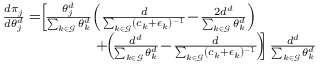
\begin{array} { r l } & { \frac { d \pi _ { j } } { d \theta _ { j } ^ { d } } = \! \! \left[ \! \frac { \theta _ { j } ^ { d } } { \sum _ { k \in \mathcal { G } } \theta _ { k } ^ { d } } \! \left( \frac { d } { \sum _ { k \in \mathcal { G } } ( c _ { k } + \epsilon _ { k } ) ^ { - 1 } } \! - \! \frac { 2 d ^ { d } } { \sum _ { k \in \mathcal { G } } \theta _ { k } ^ { d } } \right) \! \! \right. } \\ & { \quad \quad \quad \quad \quad \quad \left. + \! \! \left( \! \frac { d ^ { d } } { \sum _ { k \in \mathcal { G } } \theta _ { k } ^ { d } } \! - \! \frac { d } { \sum _ { k \in \mathcal { G } } ( c _ { k } + \epsilon _ { k } ) ^ { - 1 } } \! \right) \! \! \right] \frac { d ^ { d } } { \sum _ { k \in \mathcal { G } } \theta _ { k } ^ { d } } } \end{array}